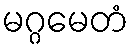
မဂ္ဂမေတံ